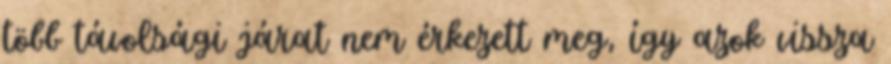
több távolsági járat nem érkezett meg, így azok vissza